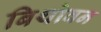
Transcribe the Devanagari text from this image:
बिथोवन